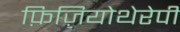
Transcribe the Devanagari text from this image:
फ़िज़ियोथेरेपी